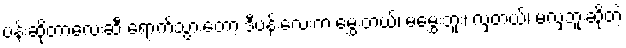
ပန်းဆိုတာလေးဆီ ရောက်သွားတော့ ဒီပန်းလေးက မွှေးတယ်၊ မမွှေးဘူး၊ လှတယ်၊ မလှဘူးဆိုတဲ့